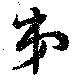
第